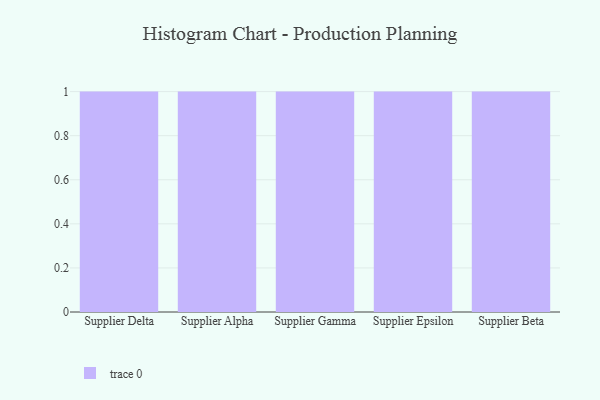
{"axis": {"x": "Supplier", "y": "Operating Costs (USD K)"}, "legend": [""], "data": [{"x": "Supplier Delta", "y": 73, "type": ""}, {"x": "Supplier Alpha", "y": 14, "type": ""}, {"x": "Supplier Gamma", "y": 31, "type": ""}, {"x": "Supplier Epsilon", "y": 86, "type": ""}, {"x": "Supplier Beta", "y": 99, "type": ""}]}